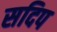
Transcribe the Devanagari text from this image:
सदिप